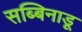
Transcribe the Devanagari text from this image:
सब्बिनाडू